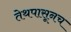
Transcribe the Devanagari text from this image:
तेथपासूनच